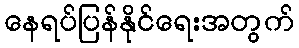
နေရပ်ပြန်နိုင်ရေးအတွက်